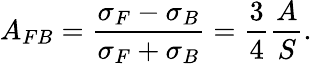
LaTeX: A_{FB}=\frac{\sigma_{F}-\sigma_{B}}{\sigma_{F}+\sigma_{B}}=\frac{3}{4}\frac{A}{S}.